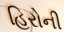
હિરોની